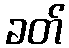
ခတ်